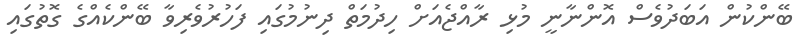
ބޭންކުން އަބަދުވެސް އޮންނާނީ މުޅި ރާއްޖެއަށް ހިދުމަތް ދިނުމުގައި ފަހުރުވެރިވާ ބޭންކެއްގެ ގޮތުގައި